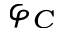
\varphi _ { C }